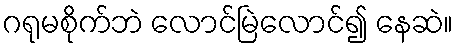
ဂရုမစိုက်ဘဲ လောင်မြဲလောင်၍ နေဆဲ။